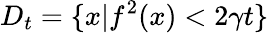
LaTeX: D_{t}=\{ x|f^{2}(x)<2\gamma t\}